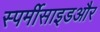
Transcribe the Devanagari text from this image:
स्पर्मीसाइडऔर